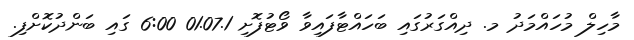
މާހިލް މުހައްމަދު މ. ދިއްގަރުގައި ބަހައްޓާފައިވާ ވޯޓުފޮށި 01.07.1 6:00 ގައި ބަންދުކޮށްފި.